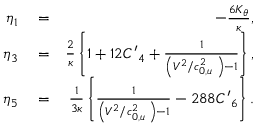
\begin{array} { r l r } { { { \eta } _ { 1 } } } & { { } = } & { - \frac { 6 { { K } _ { \theta } } } { \kappa } , } \\ { { { \eta } _ { 3 } } } & { { } = } & { \frac { 2 } { \kappa } \left\{ 1 + 1 2 { { { { C } ^ { \prime } } } _ { 4 } } + \frac { 1 } { \left( { { { V } ^ { 2 } } } / { c _ { 0 , u } ^ { 2 } } \; \right) - 1 } \right\} , } \\ { { { \eta } _ { 5 } } } & { { } = } & { \frac { 1 } { 3 \kappa } \left\{ \frac { 1 } { \left( { { { V } ^ { 2 } } } / { c _ { 0 , u } ^ { 2 } } \; \right) - 1 } - 2 8 8 { { { { C } ^ { \prime } } } _ { 6 } } \right\} . } \end{array}